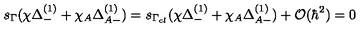
s _ { \Gamma } ( \chi \Delta _ { - } ^ { ( 1 ) } + \chi _ { A } \Delta _ { A - } ^ { ( 1 ) } ) = s _ { \Gamma _ { c l } } ( \chi \Delta _ { - } ^ { ( 1 ) } + \chi _ { A } \Delta _ { A - } ^ { ( 1 ) } ) + { \cal O } ( \hbar ^ { 2 } ) = 0